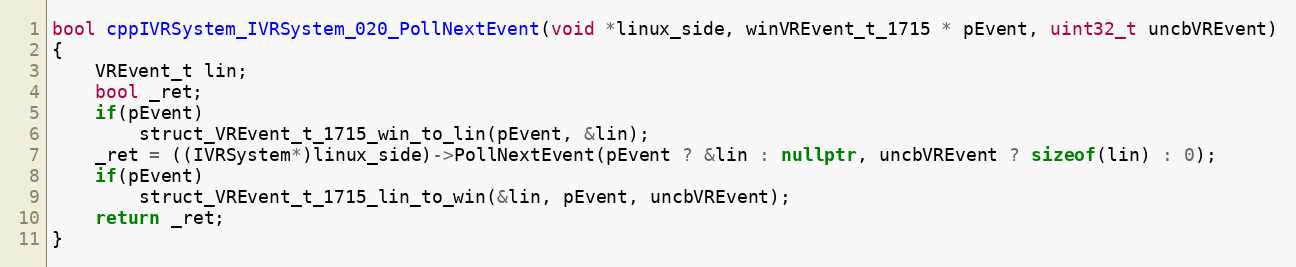
Language: C++
bool cppIVRSystem_IVRSystem_020_PollNextEvent(void *linux_side, winVREvent_t_1715 * pEvent, uint32_t uncbVREvent)
{
    VREvent_t lin;
    bool _ret;
    if(pEvent)
        struct_VREvent_t_1715_win_to_lin(pEvent, &lin);
    _ret = ((IVRSystem*)linux_side)->PollNextEvent(pEvent ? &lin : nullptr, uncbVREvent ? sizeof(lin) : 0);
    if(pEvent)
        struct_VREvent_t_1715_lin_to_win(&lin, pEvent, uncbVREvent);
    return _ret;
}